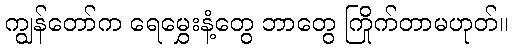
ကျွန်တော်က ရေမွှေးနံ့တွေ ဘာတွေ ကြိုက်တာမဟုတ်။